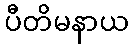
ပီတိမနာယ